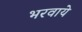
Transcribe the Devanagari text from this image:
भरवाये